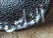
الناس